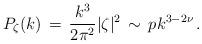
LaTeX: \begin{align*}P_{\zeta}(k) \, = \, {{k^3} \over {2 \pi^2}} |\zeta|^2 \, \sim \, p k^{3 - 2\nu} \, .\end{align*}